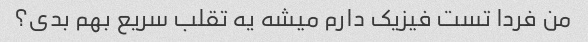
من فردا تست فیزیک دارم میشه یه تقلب سریع بهم بدی؟